Annual administration and progress report of the Indian Medical Department, Bombay
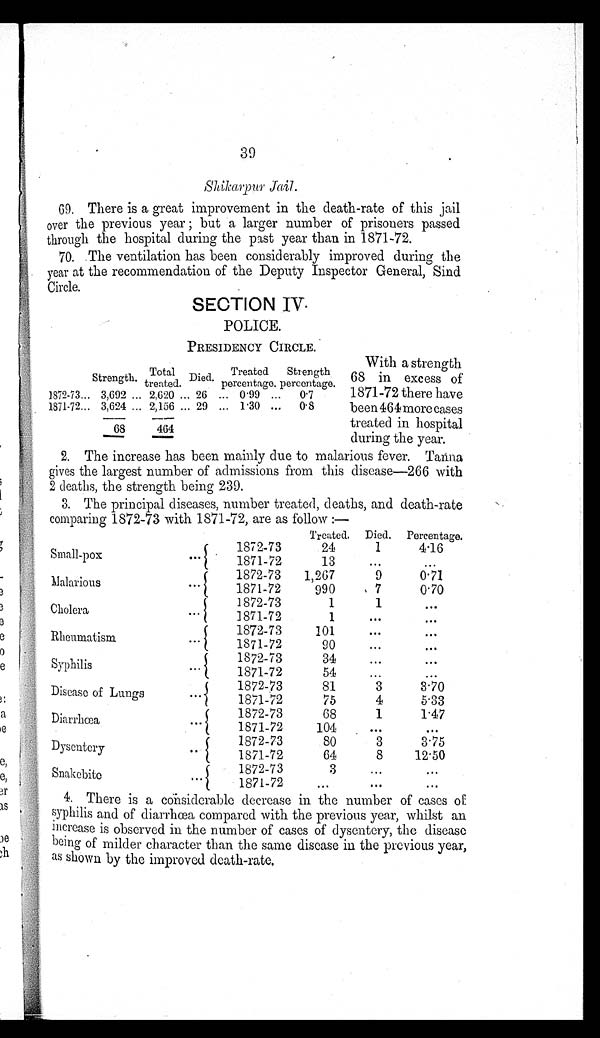
39
Shikapur jail.
69. There is a great improvement in the death-rate of this jail
over the previous year ; but a larger number of prisoners passed
through the hospital during the past year than in 1871-72.
70..The ventilation has been considerably improved during the
year at the recommendation of the Deputy Inspector General, Sind
Circle.
SECTION IV,
POLICE.
PRESIDENCY CIRCLE.
SrengthTotal
Strength.
T o t a l
treated.
Died
Treated
percentage.
Strength
percentage.
1872-73... 3,692 ... 2,620 ... 26 ... 0.99 ...
0.7
1871-72... 3,624 ... 2,136 ... 29 ... 1.30 ...
0.8
———
68 ———
— — —
464 — — —
With a strength
68 in excess of
1871-72 there have
been 464 more cases
treated in hospital
during the year.
2. The increase has been mainly due to llalarious fever,Tarina
gives the largest number of admissions from this disease-266 with
2 deaths, the strength being 239.
3. The principal diseases, number treated, deaths, and death-rate
comparing 1872-73 with 1871-72, are as follow :—
Treated. Died. Percentage.
Small-pox -pox
all-pox
•• {
1872-73
24
1
4.16
1871-72
13
...
...
{
Malarious
1872-73
1,267
9
0.71
1871-72
990
7
0.70
Ch Cholera
... {
1872-73
1
1
. . .
1871-72
1
. . .
. . .
Rheumatism
{
1872-73
101
...
...
1871-72
90
...
...
Syphilis
...{
1872-73
34
...
...
1871-72
54
...
...
Disease of Lungs
{
1872-73
81
3
3.70
1871-72
75
4
5.83
Diarrhæa
{
(
1872-73
68
1
1.47
1871-72
104
...
... ... .
Dysentery
{.
1872-73
80
3
3.75
1871-72
64
8
12-50
Snakebite
{
1872-73
3
...
.
. .
1871-72
...
•••
... ......
4. There is a considerable decrease in the number of cases of
syphilis and of diarrhea compared with the previous year, whilst an
increase is observed in the number of cases of dysentery, the disease
being of milder character than the same disease in the previous year,
as shown by the improved death-rate.